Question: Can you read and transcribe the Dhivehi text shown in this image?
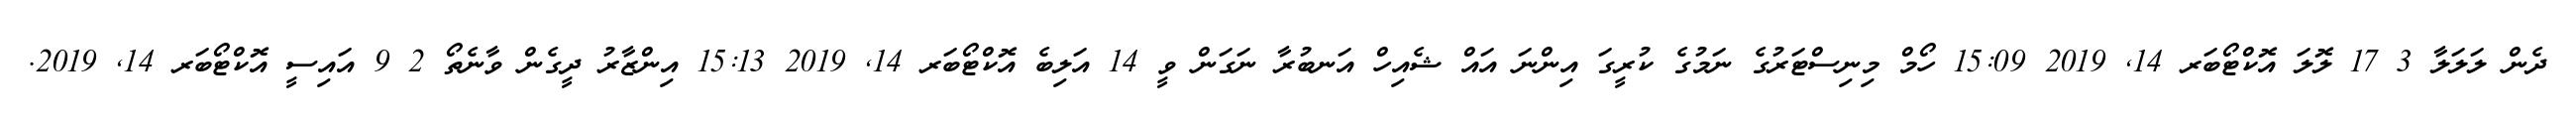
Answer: ދެން ލަލަލާ 3 17 ލޮލަ އޮކްޓޯބަރ 14, 2019 15:09 ހޯމް މިނިސްޓަރުގެ ނަމުގެ ކުރީގަ އިންނަ އައް ޝެއިހް އަނބުރާ ނަގަން ވީ 14 އަލިބެ އޮކްޓޯބަރ 14, 2019 15:13 އިންޒާރު ދީގެން ވާނެތޯ 2 9 އައިސީ އޮކްޓޯބަރ 14, 2019.